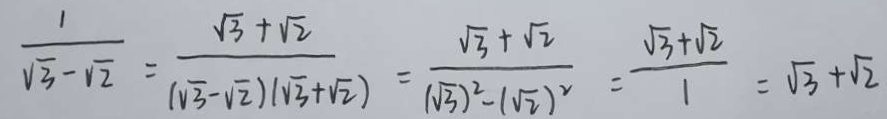
\frac { 1 } { \sqrt { 3 } - \sqrt { 2 } } = \frac { \sqrt { 3 } + \sqrt { 2 } } { ( \sqrt { 3 } - \sqrt { 2 } ) ( \sqrt { 3 } + \sqrt { 2 } ) } = \frac { \sqrt { 3 } + \sqrt { 2 } } { ( \sqrt { 3 } ) ^ { 2 } - ( \sqrt { 2 } ) ^ { 2 } } = \frac { \sqrt { 3 } + \sqrt { 2 } } { 1 } = \sqrt { 3 } + \sqrt { 2 }